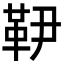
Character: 𩉥